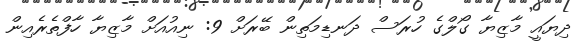
ދިޔައީ މާޒިޔާ ގޯލްގެ ހުރަސް ދަނޑިމަތިން ބޭރަށް 9: ނިއުއަށް މާޒިޔާ ހާފްތެރެއިން